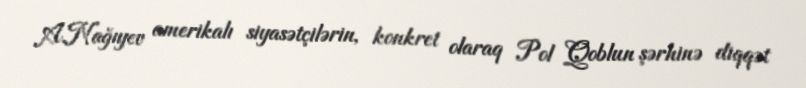
A.Nağıyev amerikalı siyasətçilərin, konkret olaraq Pol Qoblun şərhinə diqqət